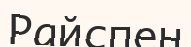
Райспен